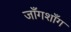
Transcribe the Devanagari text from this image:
जाँगशाँग